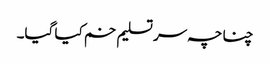
چناچہ سر تسلیم خم کیا گیا۔